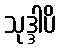
သုဒ္ဒါပိ